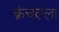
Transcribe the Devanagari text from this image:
क्रंचल्ला